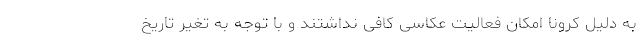
به دلیل کرونا امکان فعالیت عکاسی کافی نداشتند و با توجه به تغیر تاریخ